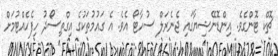
ޗޮކް ޓޮންގެވެ. އިންޑޮނޭޝިޔާގައި ޖެނެރަލް ސުހާޓޯ އެވެ. އެ ގައުމުތަކުގެ އިގްތިސޯދު ހިފެހެއްޓުމަށް